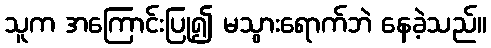
သူက အကြောင်းပြု၍ မသွားရောက်ဘဲ နေခဲ့သည်။